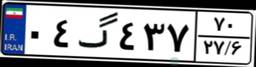
۰۴گ۴۳۷۷۰